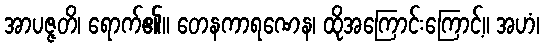
အာပဇ္ဇတိ၊ ရောက်၏။ တေနကာရဏေန၊ ထိုအကြောင်းကြောင့်။ အဟံ၊